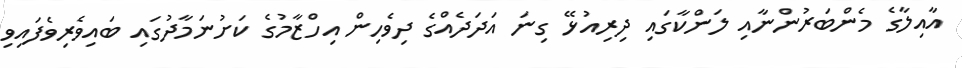
އާއިލާގެ މެންބަރުންނާއި ލަންކާގައި ދިރިއުޅޭ ގިނަ އަދަދެއްގެ ދިވެހިން އިހްޒާމުގެ ކަށުނަމާދުގައި ބައިވެރިވެފައިވި